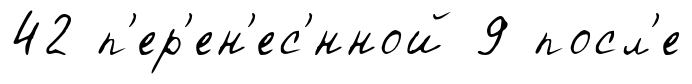
42 п'ер'ен'ес'́нной 9 посл'е